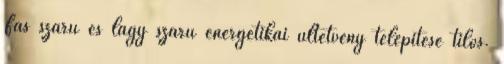
Fás szárú és lágy szárú energetikai ültetvény telepítése tilos.